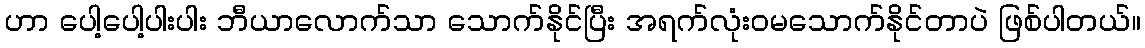
ဟာ ပေါ့ပေါ့ပါးပါး ဘီယာလောက်သာ သောက်နိုင်ပြီး အရက်လုံးဝမသောက်နိုင်တာပဲ ဖြစ်ပါတယ်။